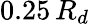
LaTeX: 0.25\, R_{d}